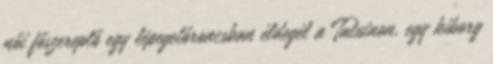
női főszereplő egy lépegetőroncsban éldegél a Tatuinon, egy kiborg